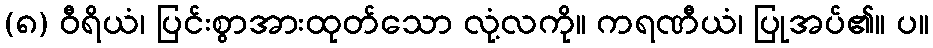
(၈) ဝီရိယံ၊ ပြင်းစွာအားထုတ်သော လုံ့လကို။ ကရဏီယံ၊ ပြုအပ်၏။ ပ။